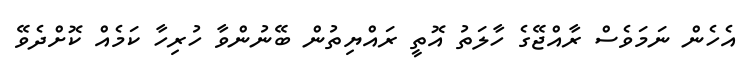
އެހެން ނަމަވެސް ރާއްޖޭގެ ހާލަތު އޮތީ ރައްޔިތުން ބޭނުންވާ ހުރިހާ ކަމެއް ކޮށްދެވޭ